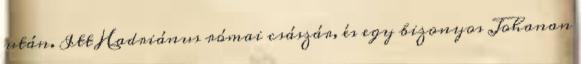
után. Itt Hadriánus római császár, és egy bizonyos Johanan